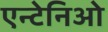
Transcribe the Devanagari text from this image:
एन्टेनिओ